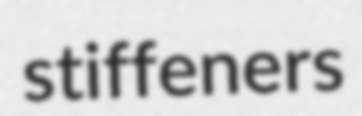
stiffeners